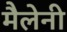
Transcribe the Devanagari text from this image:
मैलेनी